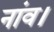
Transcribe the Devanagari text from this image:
नांव।